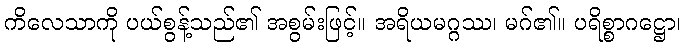
ကိလေသာကို ပယ်စွန့်သည်၏ အစွမ်းဖြင့်။ အရိယမဂ္ဂဿ၊ မဂ်၏။ ပရိစ္စာဂဋ္ဌော၊